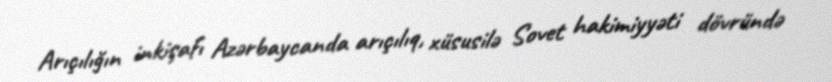
Arıçılığın inkişafı Azərbaycanda arıçılıq, xüsusilə Sovet hakimiyyəti dövründə